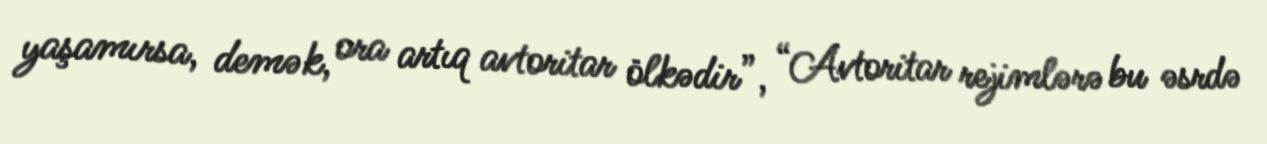
yaşamırsa, demək, ora artıq avtoritar ölkədir”, “Avtoritar rejimlərə bu əsrdə